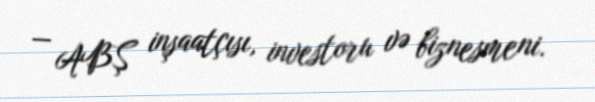
— ABŞ inşaatçısı, investoru və biznesmeni.